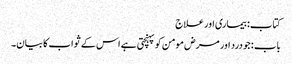
کتاب: بیماری اور علاج
باب : جو درد اور مرض مومن کو پہنچتی ہے اس کے ثواب کا بیان۔